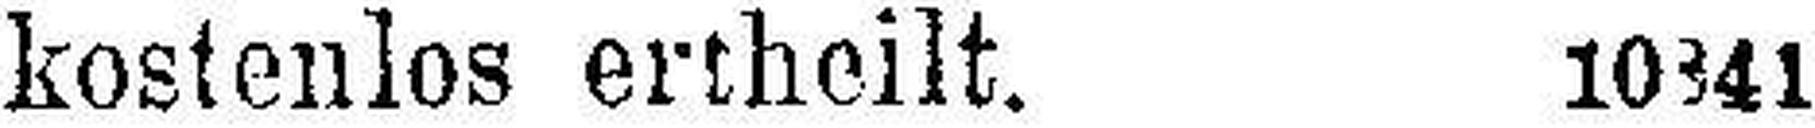
kostenlos ertheilt. 10841